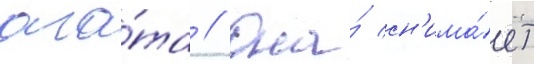
ага́та // Она́ сн'има́ет